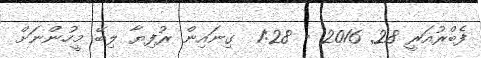
ފެބްރުއަރީ 28